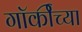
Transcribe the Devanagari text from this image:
गॉर्कीच्या